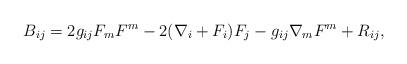
LaTeX: \begin{align*}B_{ij} = 2g_{ij} F_m F^m - 2 (\nabla_i + F_i) F_j - g_{ij}\nabla_m F^m + R_{ij},\end{align*}